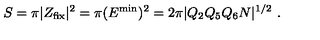
S = \pi | Z _ { \mathrm { f i x } } | ^ { 2 } = \pi ( E ^ { \mathrm { m i n } } ) ^ { 2 } = 2 \pi | Q _ { 2 } Q _ { 5 } Q _ { 6 } N | ^ { 1 / 2 } \ .